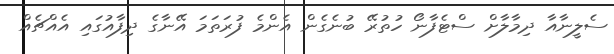
ސެލީނާއާ ދިމާލާށް ސްޓެފާނޯ ހުތުރޭ ބުނެގެން އެންމެ ފުރަތަމަ އޭނާގެ ދިފާއުގައި އެއްޗެއް